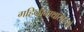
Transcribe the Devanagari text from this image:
गहिनीनाथासारखे